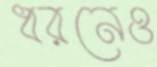
ধরনেও